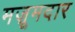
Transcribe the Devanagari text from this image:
मज़ूमदार